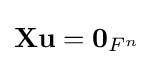
\mathbf {Xu} =\mathbf {0} _{{F}^{n}}